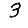
Digit: 3